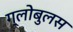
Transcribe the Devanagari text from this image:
ग्लोबुलस